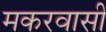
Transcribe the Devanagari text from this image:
मकरवासी